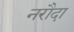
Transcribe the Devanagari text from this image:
नरौदा